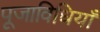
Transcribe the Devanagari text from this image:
पूजाविधियाँ